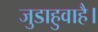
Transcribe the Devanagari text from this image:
जुडाहुवाहै।